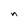
Character: n